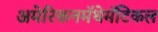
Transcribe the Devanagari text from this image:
अमेरिकनमॅथेमॅटिकल